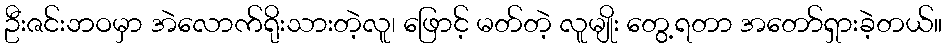
ဦးဇင်းဘဝမှာ အဲလောက်ရိုးသားတဲ့လူ၊ ဖြောင့် မတ်တဲ့ လူမျိုး တွေ့ရတာ အတော်ရှားခဲ့တယ်။